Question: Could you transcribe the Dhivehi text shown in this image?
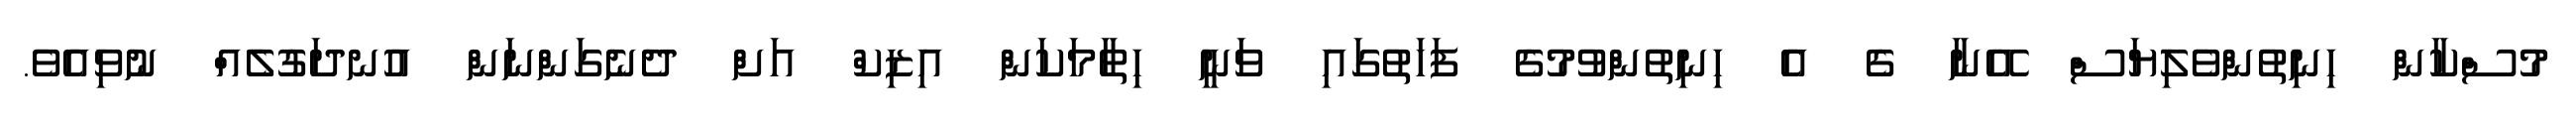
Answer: މުސްކާން ހިނިތުންވެލިޔަސް އޭނާ ގެ އެ ހިނިތުންވުމުގެ ފަހަތުގައި ވަނީ ހިތާމަކަން އިޒިކް އަށް ދެނެގަންނަން އުނދަގުލެއް ނުވިއެވެ.